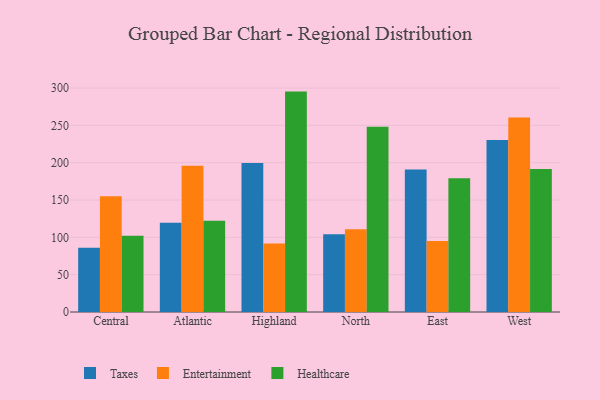
{"axis": {"x": "Region", "y": "Waste Production (Tons)"}, "legend": ["Entertainment", "Healthcare", "Taxes"], "data": [{"x": "Central", "y": 86.2, "type": "Taxes"}, {"x": "Central", "y": 155.2, "type": "Entertainment"}, {"x": "Central", "y": 102.1, "type": "Healthcare"}, {"x": "Atlantic", "y": 119.6, "type": "Taxes"}, {"x": "Atlantic", "y": 195.8, "type": "Entertainment"}, {"x": "Atlantic", "y": 122.2, "type": "Healthcare"}, {"x": "Highland", "y": 199.5, "type": "Taxes"}, {"x": "Highland", "y": 91.9, "type": "Entertainment"}, {"x": "Highland", "y": 295.2, "type": "Healthcare"}, {"x": "North", "y": 104.2, "type": "Taxes"}, {"x": "North", "y": 111.0, "type": "Entertainment"}, {"x": "North", "y": 248.2, "type": "Healthcare"}, {"x": "East", "y": 190.8, "type": "Taxes"}, {"x": "East", "y": 95.2, "type": "Entertainment"}, {"x": "East", "y": 179.3, "type": "Healthcare"}, {"x": "West", "y": 230.5, "type": "Taxes"}, {"x": "West", "y": 260.6, "type": "Entertainment"}, {"x": "West", "y": 191.4, "type": "Healthcare"}]}